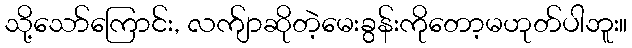
သို့သော်ကြောင်း, လက်ျာဆိုတဲ့မေးခွန်းကိုတော့မဟုတ်ပါဘူး။